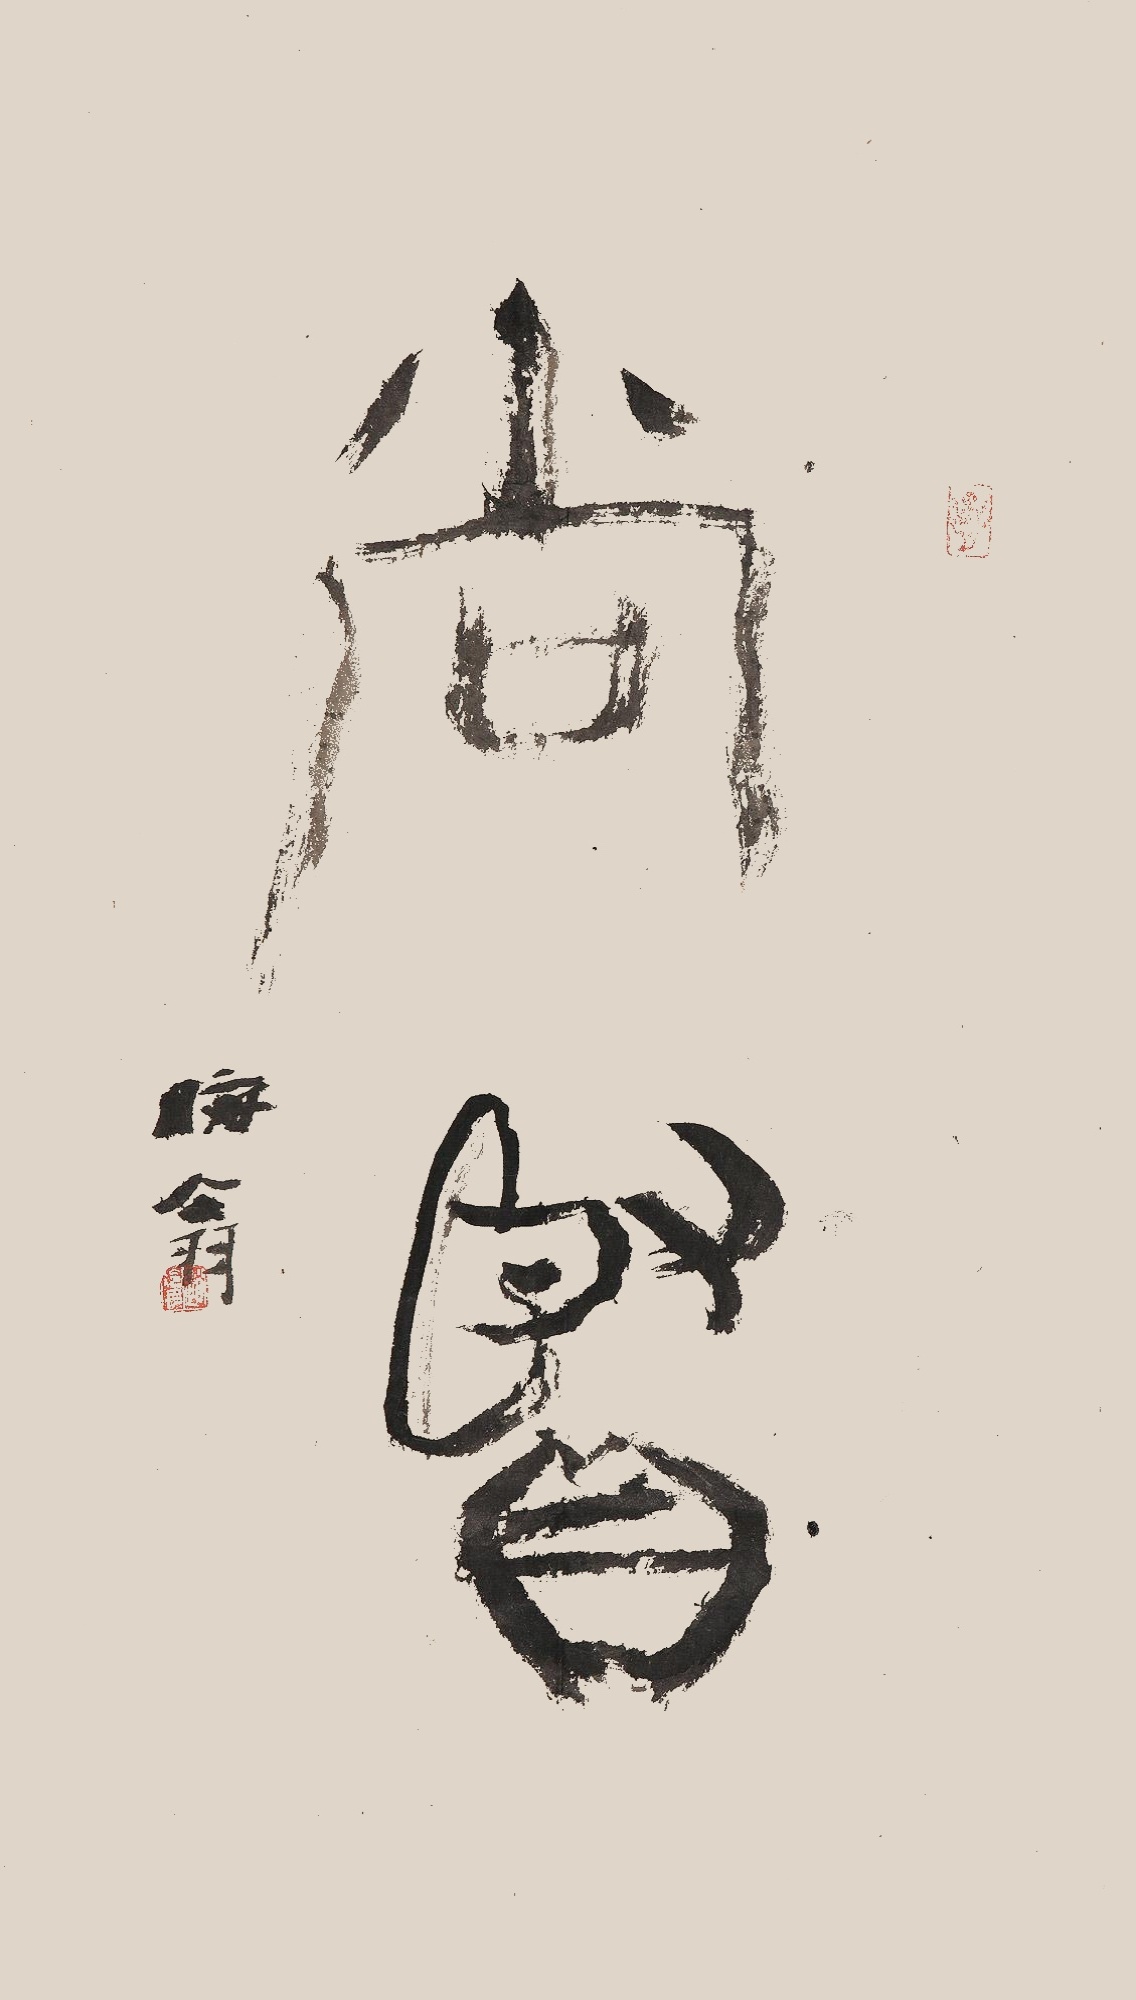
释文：尚贤。晦翁。